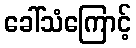
ခေါ်သံကြောင့်